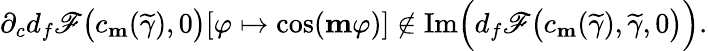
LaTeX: \partial_{c}d_{f}\mathscr{F}\big(c_{\mathbf{m}}(\widetilde{\gamma}),0\big)[\varphi\mapsto\cos(\mathbf{m}\varphi)]\not\in\textnormal{Im}\Big(d_{f}\mathscr{F}\big(c_{\mathbf{m}}(\widetilde{\gamma}),\widetilde{\gamma},0\big)\Big).